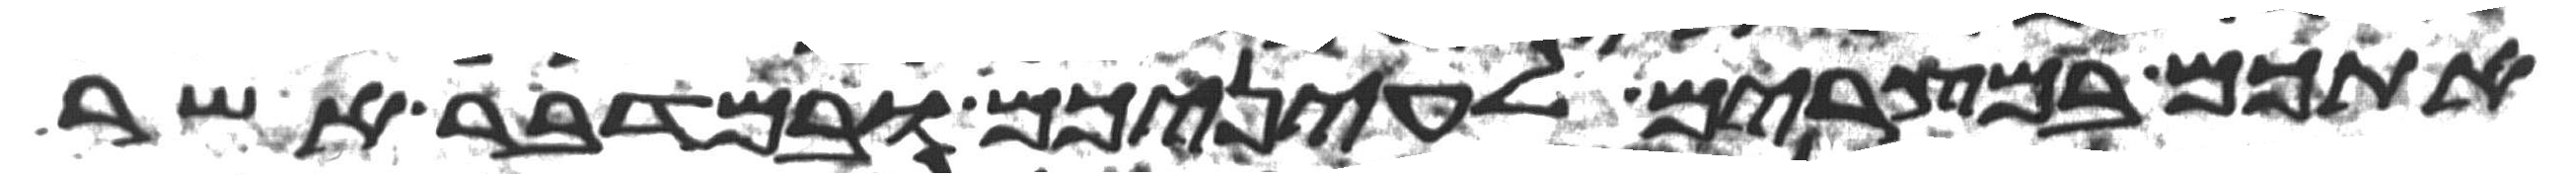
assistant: אתכם במצרים לעיניכם ובמדבר אשר